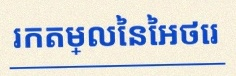
រកតម្លៃនៃអថេរ